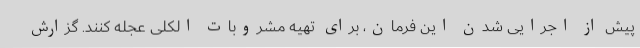
پیش از اجرایی شدن این فرمان، برای تهیه مشروبات الکلی عجله کنند. گزارش